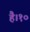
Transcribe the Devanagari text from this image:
है।१०